Investigations on Bengal jail dietaries - Number 37
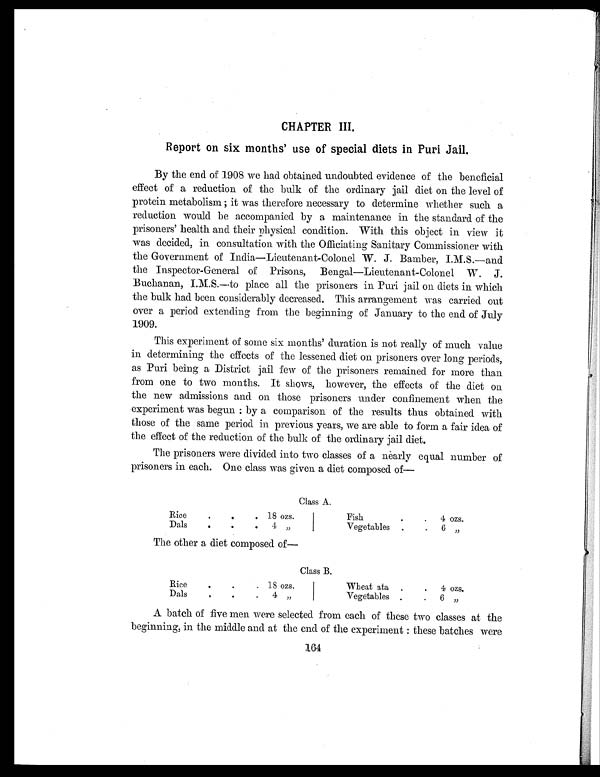
CHAPTER III.
Report on six months' use of special diets in Puri Jail.
By the end of 1908 we had obtained undoubted evidence of the beneficial
effect of a reduction of the bulk of the ordinary jail diet on the level of
protein metabolism ; it was therefore necessary to determine whether such a
reduction would be accompanied by a maintenance in the standard of the
prisoners' health and their physical condition. With this object in view it
was decided, in consultation with the Officiating Sanitary Commissioner with
the Government of India—Lieutenant-Colonel W. J. Bamber,
I . M . S . — a n d t h e I n s p e c t o r - G e n e r a l o f P r i s o n s , B e n g a l — L i e u t e n a n t - C o l o n e l W . J .
Buchanan, I.M.S.—to place all the prisoners in Puri jail on diets in which
the bulk had been considerably decreased. This arrangement was carried out
over a period extending from the beginning of January to the end of July
1909.
This experiment of some six months' duration is not really of much value
in determining the effects of the lessened diet on prisoners over long periods,
as Puri being a District jail few of the prisoners remained for more than
from one to two months. It shows, however, the effects of the diet on
the new admissions and on those prisoners under confinement when the
experiment was begun : by a comparison of the results thus obtained with
those of the same period in previous years, we are able to form a fair idea of
the effect of the reduction of the bulk of the ordinary jail diet.
The prisoners were divided. into two classes of a nearly equal number of
prisoners in each. One class was given a diet composed of
—
Class A.
Rice
.
.
. 18 ozs.
Fish
.
.
4 ozs.
Dals
.
.
.
4 "
Vegetables .
.
6 "
The other a diet composed of—
Class B.
Rice
.
.
. 18 ozs.
Wheat ata .
.
4 ozs.
D a l s
.
.
. 4 "
Vegetables
.
. 6 "
A batch of five men were selected from each of these two classes at the
beginning, in the middle and at the end of the experiment : these batches were
164